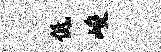
低峻